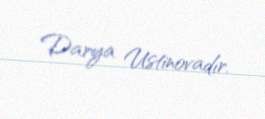
Darya Ustinovadır.